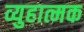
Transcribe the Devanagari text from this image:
व्युहात्मक